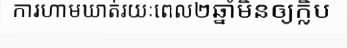
ការហាមឃាត់រយៈពេល២ឆ្នាំមិនឲ្យក្លិប